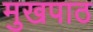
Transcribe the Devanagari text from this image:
मुखपाठ